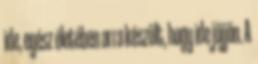
ide, egész életében arra készült, hogy ide jöjjön. A